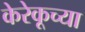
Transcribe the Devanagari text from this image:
केरेकूच्या